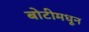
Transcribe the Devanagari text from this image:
बोटीमधून